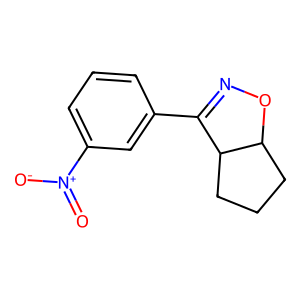
SMILES: O=[N+]([O-])c1cccc(C2=NOC3CCCC23)c1
Inhibits HIV replication: No